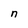
Character: n